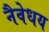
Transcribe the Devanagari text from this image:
नैवेधय